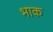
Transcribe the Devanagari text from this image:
भाक